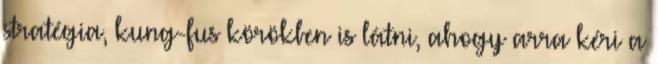
stratégia, kung-fus körökben is látni, ahogy arra kéri a